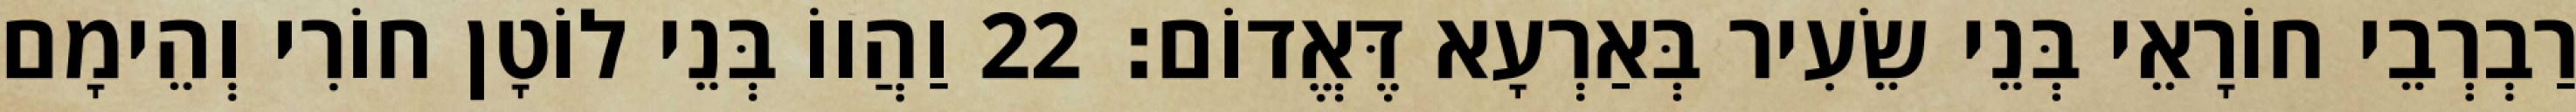
רַבְרְבֵי חוֹרָאֵי בְּנֵי שֵׂעִיר בְּאַרְעָא דֶּאֱדוֹם׃ 22 וַהֲווֹ בְּנֵי לוֹטָן חוֹרִי וְהֵימָם